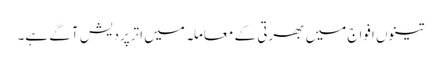
تینوں افواج میں بھرتی کے معاملہ میں اترپردیش آگے ہے۔